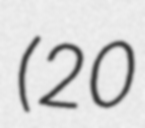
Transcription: (20